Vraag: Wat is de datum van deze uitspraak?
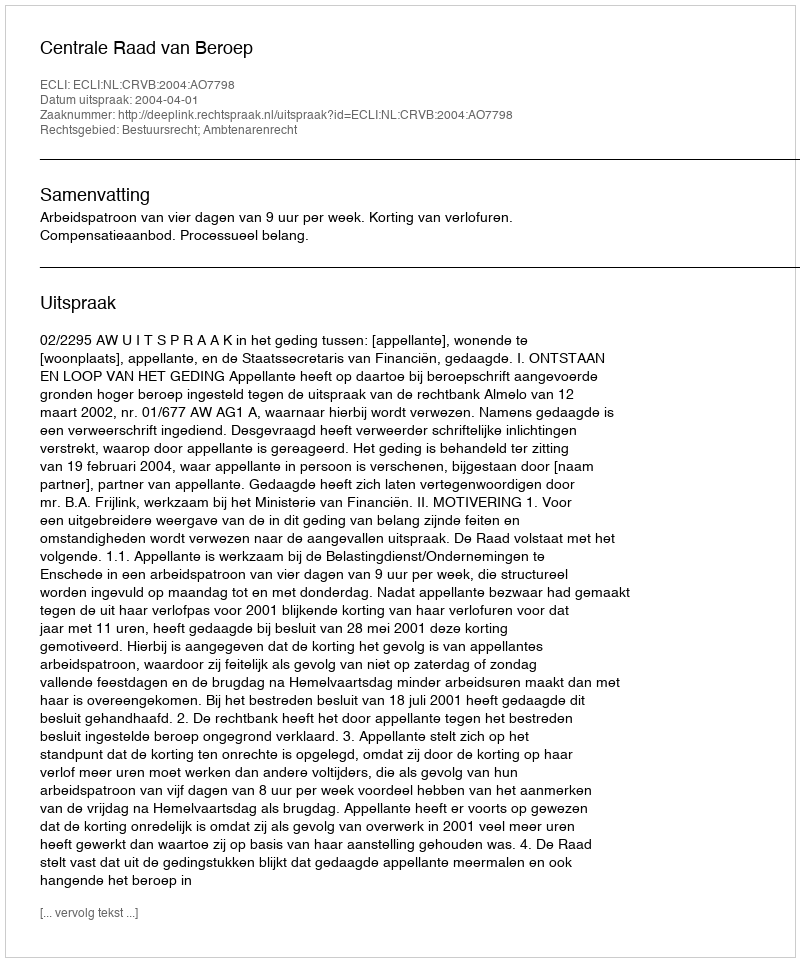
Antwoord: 2004-04-01